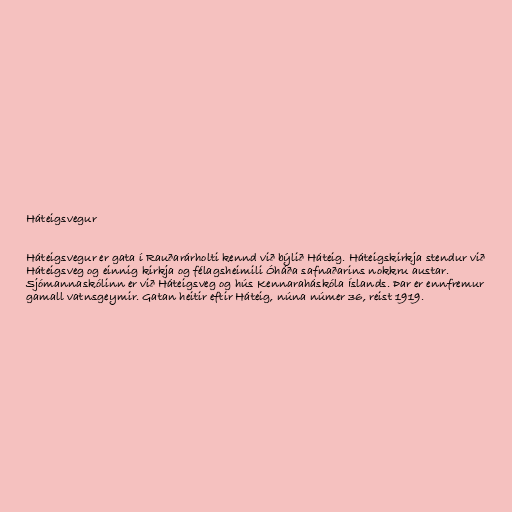
Háteigsvegur

Háteigsvegur er gata í Rauðarárholti kennd við býlið Háteig. Háteigskirkja stendur við
Háteigsveg og einnig kirkja og félagsheimili Óháða safnaðarins nokkru austar.
Sjómannaskólinn er við Háteigsveg og hús Kennaraháskóla Íslands. Þar er ennfremur
gamall vatnsgeymir. Gatan heitir eftir Háteig, núna númer 36, reist 1919.